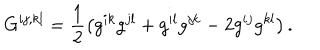
LaTeX: G ^ { i j , k l } = \frac { 1 } { 2 } \left( g ^ { i k } g ^ { j l } + g ^ { i l } g ^ { j k } - 2 g ^ { i j } g ^ { k l } \right) .